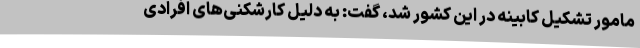
مامور تشکیل کابینه در این کشور شد، گفت: به دلیل کارشکنی‌های افرادی